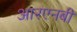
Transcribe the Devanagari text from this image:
आरएनबी